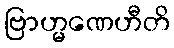
ဗြာဟ္မဏေဟီတိ